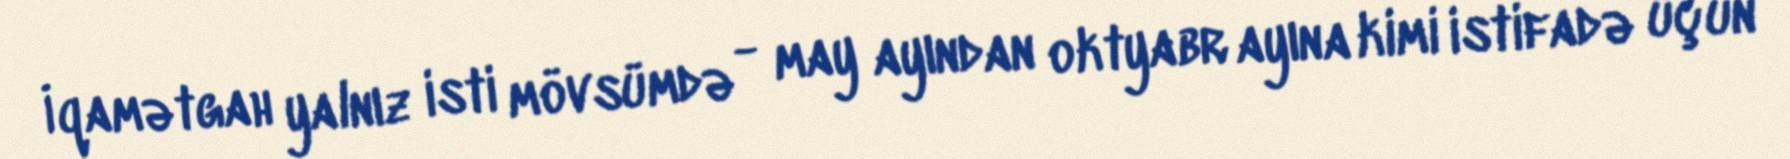
İqamətgah yalnız isti mövsümdə - may ayından oktyabr ayına kimi istifadə üçün